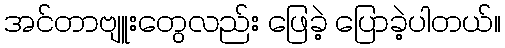
အင်တာဗျူးတွေလည်း ဖြေခဲ့ ပြောခဲ့ပါတယ်။